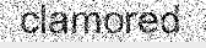
clamored